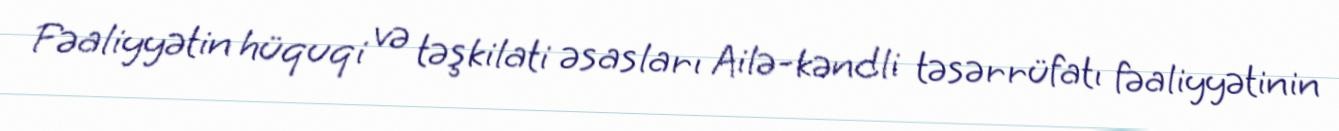
Fəaliyyətin hüquqi və təşkilati əsasları Ailə-kəndli təsərrüfatı fəaliyyətinin